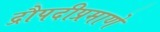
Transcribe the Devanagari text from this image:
द्रौपदीप्रमाणे